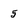
Character: 5